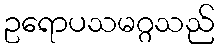
ဥရောပသမဂ္ဂသည်